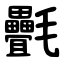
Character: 㲲